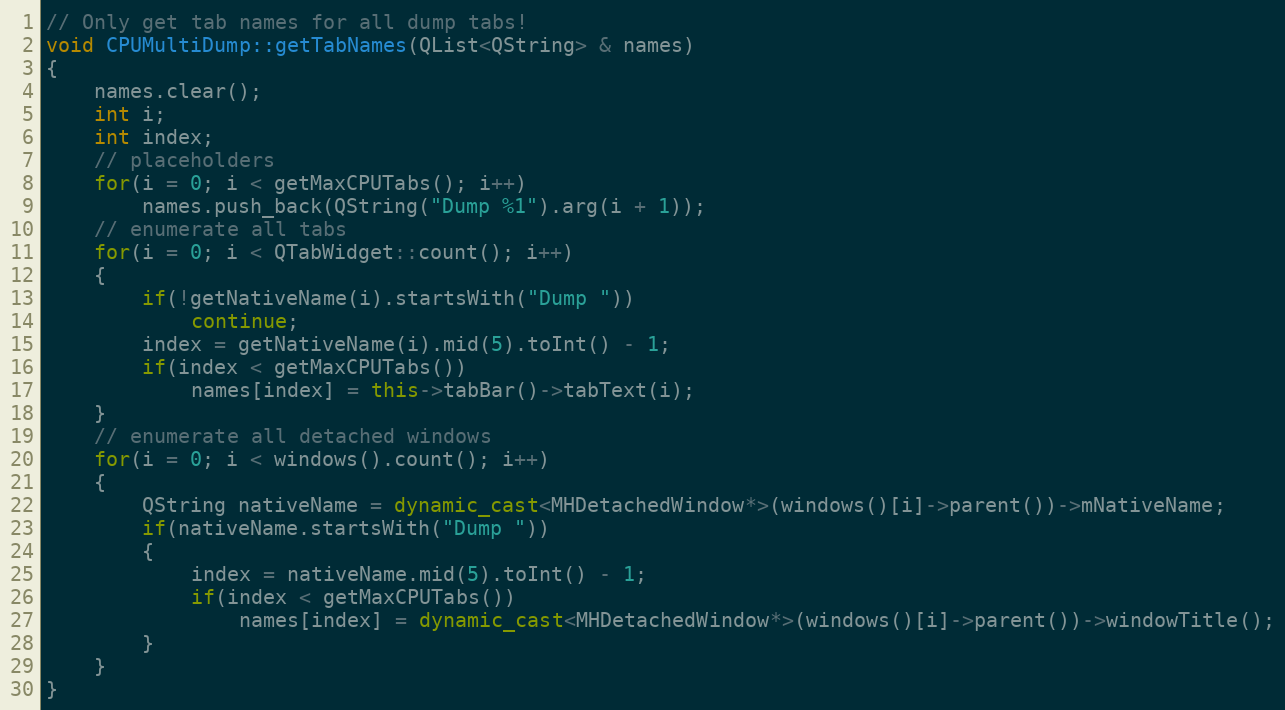
Language: C++
// Only get tab names for all dump tabs!
void CPUMultiDump::getTabNames(QList<QString> & names)
{
    names.clear();
    int i;
    int index;
    // placeholders
    for(i = 0; i < getMaxCPUTabs(); i++)
        names.push_back(QString("Dump %1").arg(i + 1));
    // enumerate all tabs
    for(i = 0; i < QTabWidget::count(); i++)
    {
        if(!getNativeName(i).startsWith("Dump "))
            continue;
        index = getNativeName(i).mid(5).toInt() - 1;
        if(index < getMaxCPUTabs())
            names[index] = this->tabBar()->tabText(i);
    }
    // enumerate all detached windows
    for(i = 0; i < windows().count(); i++)
    {
        QString nativeName = dynamic_cast<MHDetachedWindow*>(windows()[i]->parent())->mNativeName;
        if(nativeName.startsWith("Dump "))
        {
            index = nativeName.mid(5).toInt() - 1;
            if(index < getMaxCPUTabs())
                names[index] = dynamic_cast<MHDetachedWindow*>(windows()[i]->parent())->windowTitle();
        }
    }
}